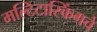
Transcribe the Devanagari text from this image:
मल्टिटास्किंगचे